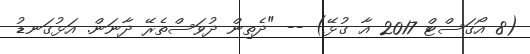
(8 އޯގަސްޓް 2017 އާ ގުޅޭ) -- "ދެތިން ދުވަސްތެރޭ ދާނަން. އަޅުގަނޑު